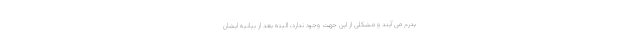
پدرم می آیند و مشکلی از این جهت وجود ندارد، البته بعد از بیانیه ایشان